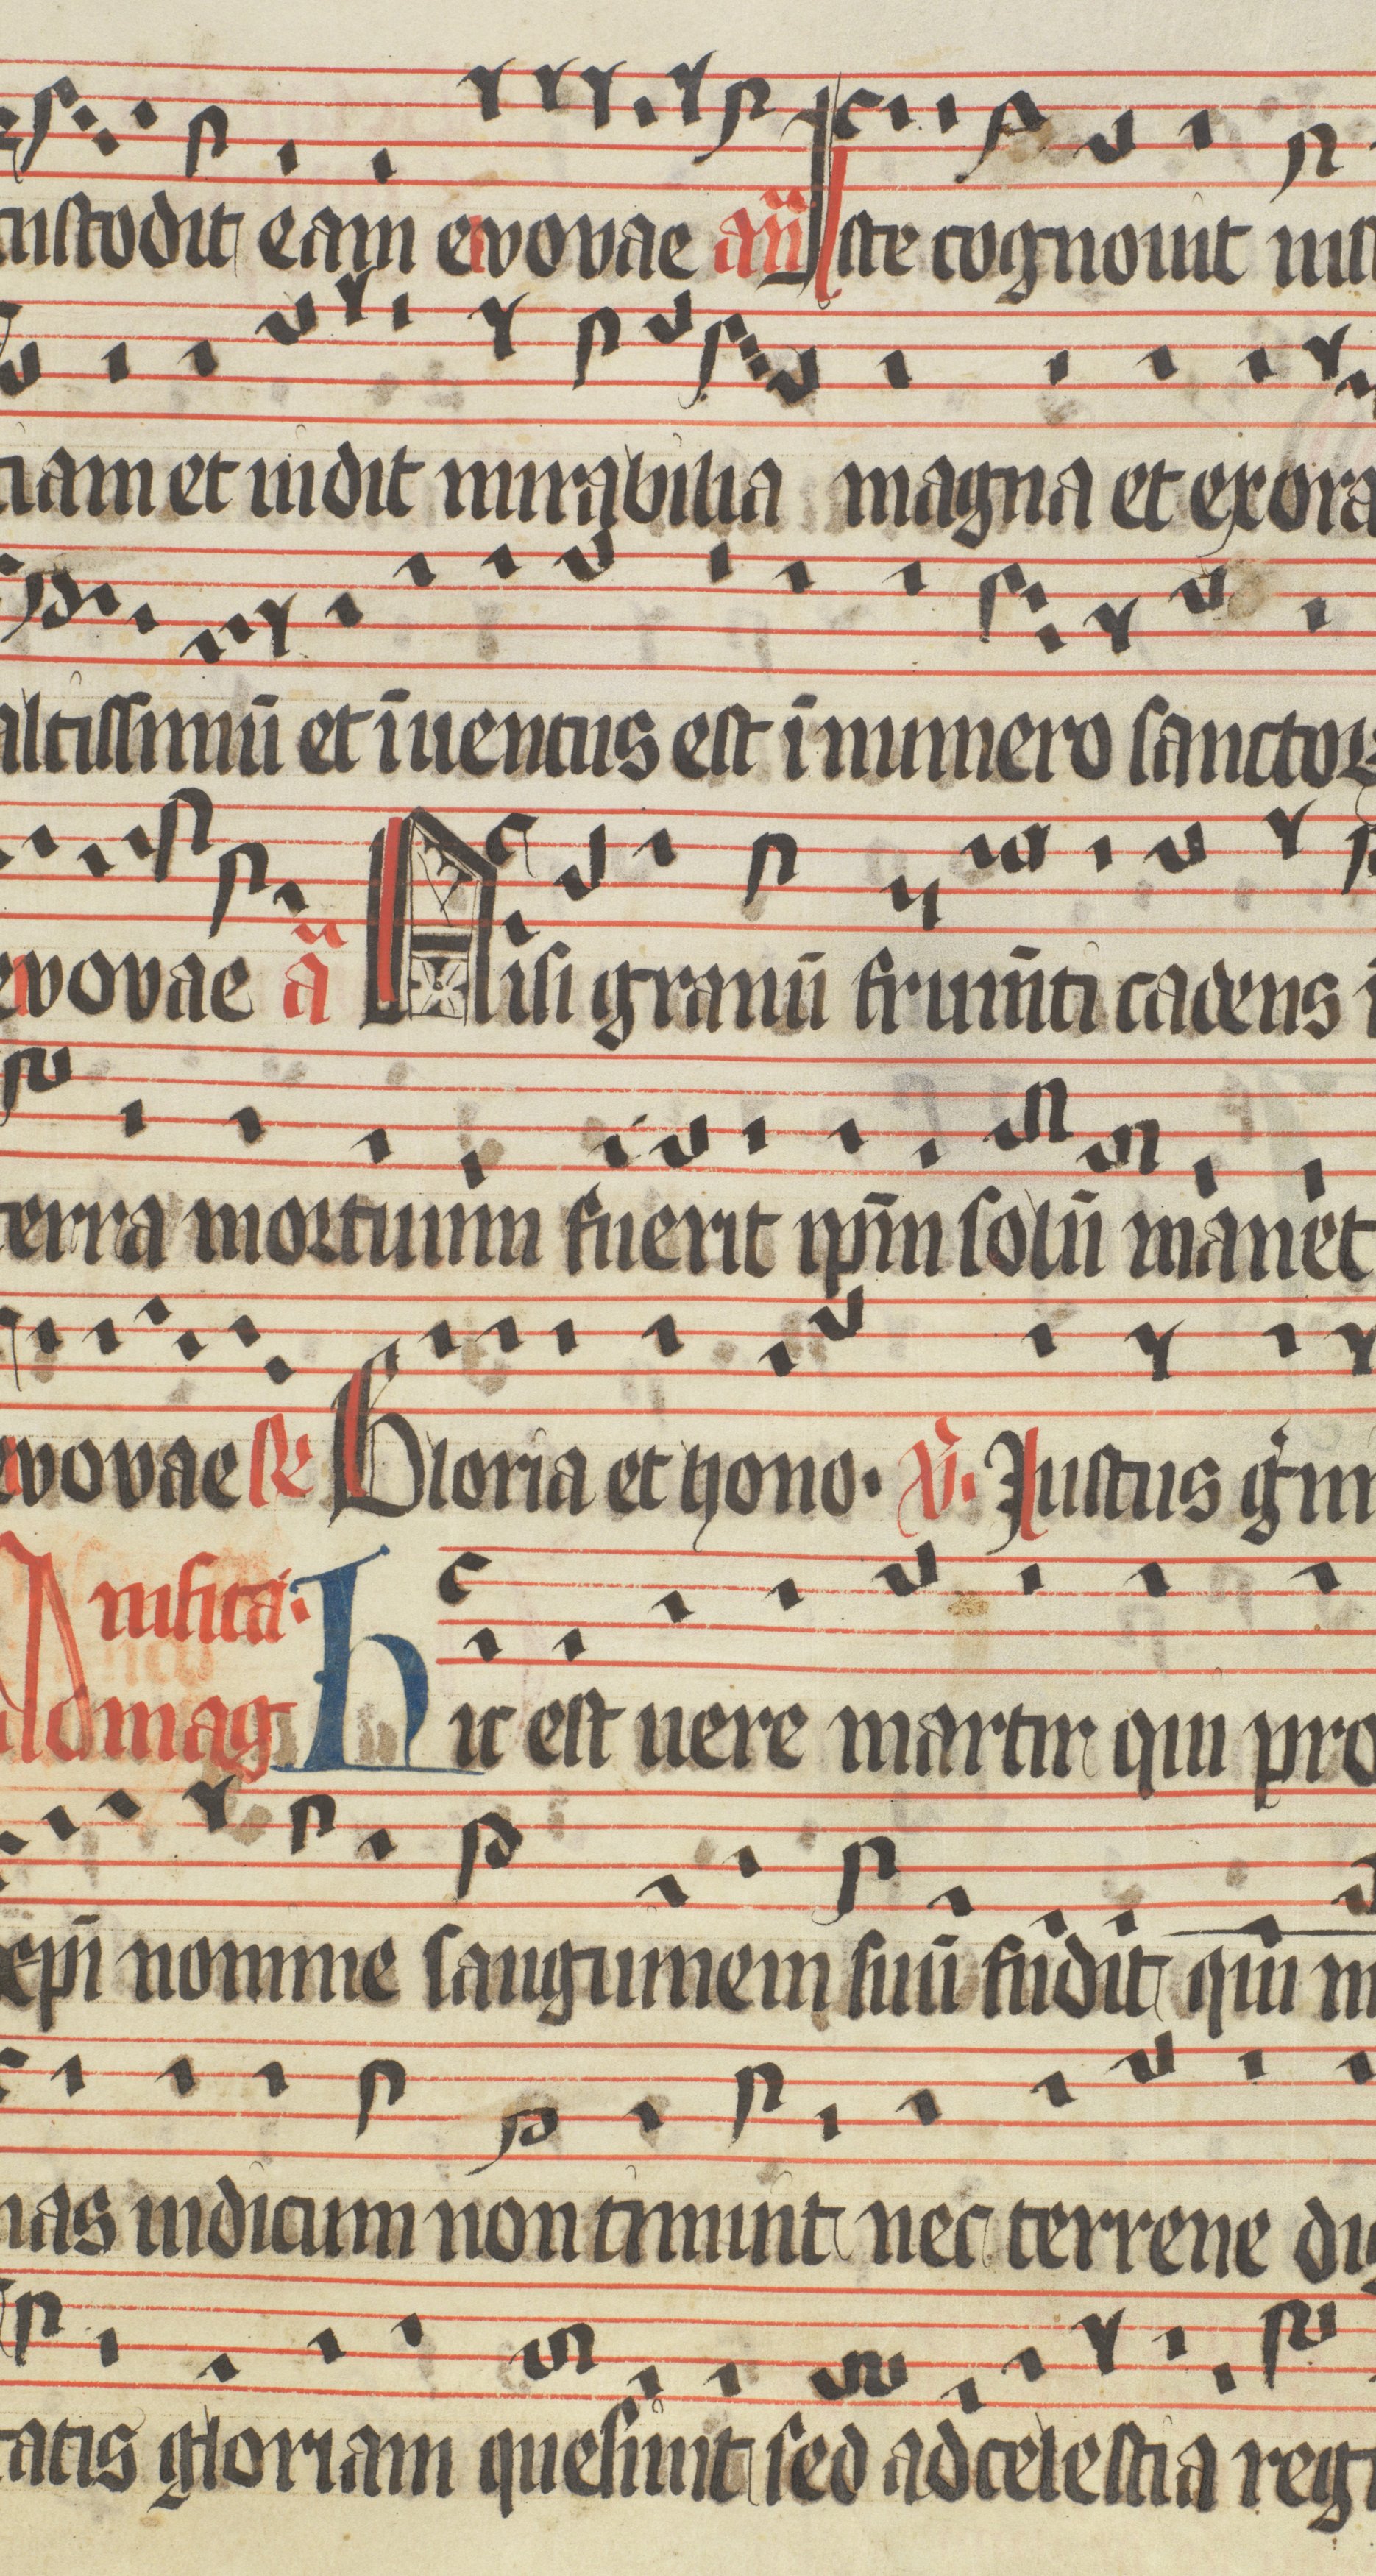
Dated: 1400–1499